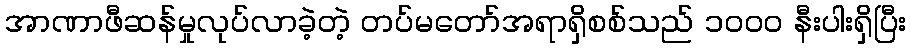
အာဏာဖီဆန်မှုလုပ်လာခဲ့တဲ့ တပ်မတော်အရာရှိစစ်သည် ၁၀၀၀ နီးပါးရှိပြီး